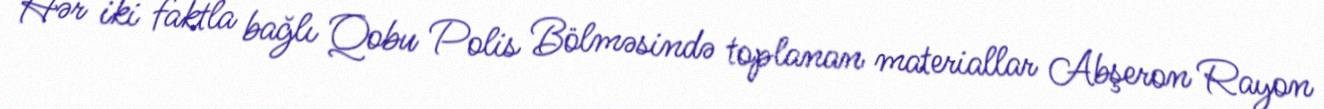
Hər iki faktla bağlı Qobu Polis Bölməsində toplanan materiallar Abşeron Rayon